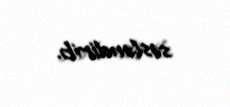
səsləndirib.